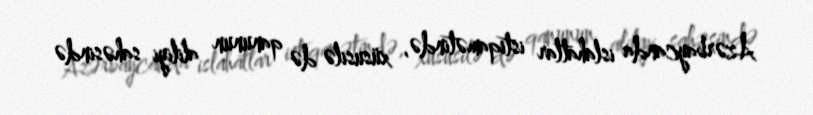
Azərbaycanda islahatlar istiqamətində, xüsusilə də qanunun aliliyi sahəsində